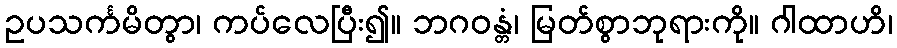
ဥပသင်္ကမိတွာ၊ ကပ်လေပြီး၍။ ဘဂဝန္တံ၊ မြတ်စွာဘုရားကို။ ဂါထာဟိ၊